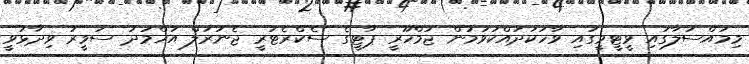
މިމައްސަލާގައި ވީޓީވީގައި ވާހަކަދައްކަވަމުން ޖުމްހޫރީ ޕާޓީގެ ސެކްރެޓަރީ ޖެނަރަލް އަހްމަދު ސަމީރު ވިދާޅުވީ